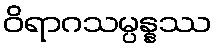
ဝိရာဂသမ္ပန္နဿ